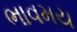
ભાવમય